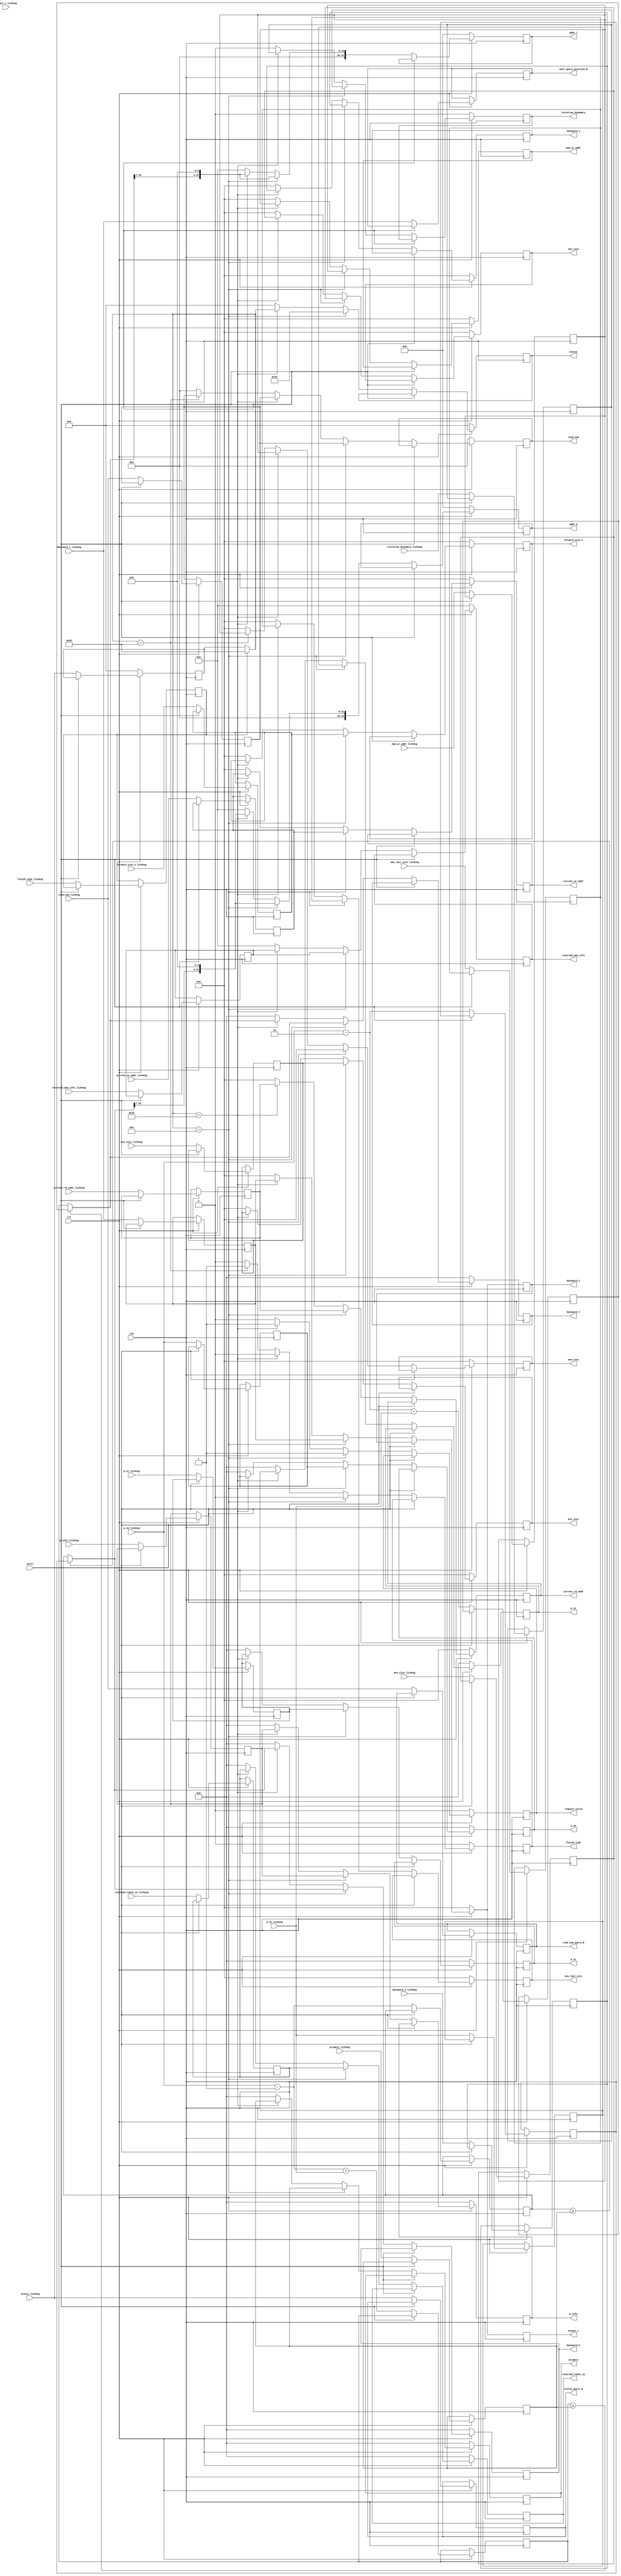
`define CL 512
`define MAX_READ 1024
`define READ_NUM_WIDTH 10

module CAL_KL(
input wire clk,
input wire rst,
input wire stall,

//data used in this stage
input wire [63:0] p_x0_licheng,p_x1_licheng,p_x2_licheng,p_info_licheng,

input wire [`READ_NUM_WIDTH - 1:0] read_num_licheng,
input wire [5:0] status_licheng,
input wire [63:0] primary_licheng,
input wire [6:0] current_rd_addr_licheng,
input wire [6:0] forward_size_n_licheng,
input wire [6:0] new_size_licheng,
input wire [6:0] new_last_size_licheng,
input wire [6:0] current_wr_addr_licheng,mem_wr_addr_licheng,
input wire [6:0] backward_i_licheng, backward_j_licheng,
input wire [7:0] output_c_licheng, //[licheng]useless
input wire [6:0] min_intv_licheng,
input wire finish_sign_licheng,iteration_boundary_licheng,
input wire [63:0]	reserved_token_x2_licheng,
input wire [31:0]	reserved_mem_info_licheng,

output reg [`READ_NUM_WIDTH - 1:0] read_num,
output reg [6:0] current_rd_addr,

//[licheng] query request one cycle ahead
output reg [5:0] status_query_B,
output reg [`READ_NUM_WIDTH - 1:0] read_num_query_B,
output reg [6:0] next_query_position_B,
	
//data handled to next stage (store to read queue)	
output reg [6:0] forward_size_n,
output reg [6:0] new_size,
output reg [63:0] primary,
output reg [6:0] new_last_size,
output reg [6:0] current_wr_addr,mem_wr_addr,
output reg [6:0] backward_i, backward_j,
output reg [6:0] output_c, //[licheng]
output reg [6:0] min_intv,
output reg finish_sign,
output reg [6:0] mem_size,
output reg iteration_boundary,
output reg [63:0] backward_k,backward_l,
output reg request_valid,
output reg [41:0] addr_k,addr_l,
output reg [63:0] p_x0,p_x1,p_x2,p_info,
output reg [63:0]	reserved_token_x2,
output reg [31:0]	reserved_mem_info,
output reg [5:0] status

);
	parameter Len = 101;
	
	parameter F_init = 	6'b00_0001; // F_init will disable the forward pipeline
	parameter F_run =  	6'b00_0010;
	parameter F_break = 6'b00_0100;
	parameter BCK_INI = 6'b00_1000;	//100
	parameter BCK_RUN = 6'b01_0000;	//101
	parameter BCK_END = 6'b10_0000;	//110
	parameter BUBBLE = 	6'b00_0000;

	reg [63:0] p_x0_q,p_x1_q,p_x2_q,p_info_q;

	reg [`READ_NUM_WIDTH - 1:0] read_num_q;
	reg [5:0] status_q;
	reg [63:0] primary_q;
	reg [6:0] current_rd_addr_q;
	reg [6:0] forward_size_n_q;
	reg [6:0] new_size_q;
	reg [6:0] new_last_size_q;
	reg [6:0] current_wr_addr_q,mem_wr_addr_q;
	reg [6:0] backward_i_q, backward_j_q;
	reg [7:0] output_c_q; //[licheng]useless
	reg [6:0] min_intv_q;
	reg finish_sign_q,iteration_boundary_q;
	reg [63:0]	reserved_token_x2_q;
	reg [31:0]	reserved_mem_info_q;
	
	reg [63:0] backward_k_temp,backward_l_temp;
	reg [63:0] backward_k_temp_minus_1,backward_l_temp_minus_1;
	
	always@(posedge clk) begin
		if(!rst) begin
			status_q <= BUBBLE;
		end
		else if(!stall) begin
			p_x0_q 					<= p_x0_licheng;
			p_x1_q 					<= p_x1_licheng;
			p_x2_q 					<= p_x2_licheng;
			p_info_q 				<= p_info_licheng;
			read_num_q 				<= read_num_licheng;
			status_q 				<= status_licheng;
			primary_q 				<= primary_licheng;
			current_rd_addr_q 		<= current_rd_addr_licheng;
			forward_size_n_q 		<= forward_size_n_licheng;
			new_size_q 				<= new_size_licheng;
			new_last_size_q 		<= new_last_size_licheng;
			current_wr_addr_q 		<= current_wr_addr_licheng;
			mem_wr_addr_q 			<= mem_wr_addr_licheng;
			backward_i_q 			<= backward_i_licheng;
			backward_j_q 			<= backward_j_licheng;
			output_c_q 				<= output_c_licheng;
			min_intv_q 				<= min_intv_licheng;
			finish_sign_q 			<= finish_sign_licheng;
			iteration_boundary_q	<= iteration_boundary_licheng;
			reserved_token_x2_q 	<= reserved_token_x2_licheng;
			reserved_mem_info_q 	<= reserved_mem_info_licheng;
			
			status_query_B			<= status_licheng;
			read_num_query_B		<= read_num_licheng;
			next_query_position_B   <= backward_i_licheng;
			
			backward_k_temp <= p_x0_licheng - 1;
			backward_l_temp <= p_x0_licheng - 1 + p_x2_licheng;
			backward_k_temp_minus_1 <= p_x0_licheng - 2;
			backward_l_temp_minus_1 <= p_x0_licheng - 2 + p_x2_licheng;
			
			// if(status_licheng != BUBBLE) begin
				// $display("get p");
				// $display("p.x[0] = %08x\t", p_x0_licheng);
				// $display("p.x[1] = %08x\t", p_x1_licheng);
				// $display("p.x[2] = %08x\t", p_x2_licheng);
				// $display("p.info = %08x\t", p_info_licheng);
			// end
		end
	end





	//signals handled to READ parse unit
	wire [5:0] status_d;
	wire [63:0] backward_k_d,backward_l_d; //could be 40 bits
	
	wire [6:0] mem_size_d;
	assign 	backward_k_d	= (backward_k_temp >= primary_q) ? backward_k_temp_minus_1 : backward_k_temp;
	assign	backward_l_d	= (backward_l_temp >= primary_q) ? backward_l_temp_minus_1 : backward_l_temp;
	assign status_d = finish_sign_q? BCK_END : status_q;
	assign mem_size_d = mem_wr_addr_q; 
	always @(posedge clk) begin
		if(!rst)begin
			backward_k	<= 0;
			backward_l	<= 0;
			addr_k		<= 0;
			addr_l		<= 0;

			p_x0				<= 0;
			p_x1				<= 0;
			p_x2				<= 0;
			p_info				<= 0;
			finish_sign			<= 0;
			iteration_boundary	<= 0;
			backward_i			<= 0;
			backward_j			<= 0;
			output_c			<= 0;
			current_wr_addr		<= 0;
			current_rd_addr		<= 0;
			mem_size			<= 0;
			min_intv			<= 0;
			new_size			<= 0;
			read_num			<= 0;

			mem_wr_addr			<= 0;
			forward_size_n		<= 0;
			new_last_size		<= 0;
			primary				<= 0;
			reserved_token_x2	<= 0;
			reserved_mem_info	<= 0;
			request_valid		<= 0;
			status				<= BUBBLE;
		end	
		else if (stall == 1) begin
			primary		<= primary;
			reserved_token_x2	<= reserved_token_x2;
			reserved_mem_info	<= reserved_mem_info;
			backward_k  <= backward_k;
			backward_l  <= backward_l;

			//the real valid signal connected to interface should be 
			//(request_valid & stall == 0)
			// request_valid <= 0; 
			request_valid <= request_valid;
			addr_k		<= addr_k;
			addr_l		<= addr_l;

			p_x0				<= p_x0;
			p_x1				<= p_x1;
			p_x2				<= p_x2;
			p_info				<= p_info;
			finish_sign			<= finish_sign;
			iteration_boundary	<= iteration_boundary;
			backward_i			<= backward_i;
			backward_j			<= backward_j;
			output_c			<= backward_i; //[licheng]
			current_wr_addr		<= current_wr_addr;
			current_rd_addr		<= current_rd_addr;
		
			min_intv			<= min_intv;
			new_size			<= new_size;
			mem_size			<= mem_size;
			read_num			<= read_num;
			mem_wr_addr			<= mem_wr_addr;
			forward_size_n		<= forward_size_n;
			new_last_size		<= new_last_size;
			status				<= status;
		end
		else if(status_d==BCK_INI) begin
		//received curr value from queue
			p_x0				<= p_x0_q;
			p_x1				<= p_x1_q;
			p_x2				<= p_x2_q;
			p_info				<= p_info_q;
		//generated
			backward_k			<= backward_k_d;
			backward_l			<= backward_l_d;
			request_valid		<= 1'b1;
			addr_k				<= {backward_k_d[34:7], 4'b0};
			addr_l				<= {backward_l_d[34:7], 4'b0};

		// always request current bp, output to read array.
			read_num			<= read_num_q;
			backward_i			<= backward_i_q;
		// 
			backward_j			<= backward_j_q;
		
			primary				<= primary_q;
			finish_sign			<= 0;
			reserved_token_x2	<= reserved_token_x2_q;
			reserved_mem_info	<= reserved_mem_info_q;
			iteration_boundary	<= iteration_boundary_q;

			output_c			<= backward_i_q; //[licheng]
			current_wr_addr		<= current_wr_addr_q;
			current_rd_addr		<= current_rd_addr_q;
		
			min_intv			<= min_intv_q;
			new_size			<= new_size_q;
			mem_size			<= 0;
			mem_wr_addr			<= mem_wr_addr_q;
			forward_size_n		<= forward_size_n_q;
			new_last_size		<= new_last_size_q;
			status				<= BCK_RUN;
		
		end
		else if(status_d==BCK_RUN) begin
			primary		<= primary_q;
			reserved_token_x2	<= reserved_token_x2_q;
			reserved_mem_info	<= reserved_mem_info_q;
			backward_k  <= backward_k_d;
			backward_l  <= backward_l_d;

			request_valid <= 1'b1;
			addr_k		<= {backward_k_d[34:7], 4'b0};
			addr_l		<= {backward_l_d[34:7], 4'b0};

			p_x0				<= p_x0_q;
			p_x1				<= p_x1_q;
			p_x2				<= p_x2_q;
			p_info				<= p_info_q;
			finish_sign			<= 0;
			iteration_boundary	<= iteration_boundary_q;
			backward_i			<= backward_i_q;
			backward_j			<= backward_j_q;
			output_c			<= backward_i_q; //[licheng]
			current_wr_addr		<= current_wr_addr_q;
			current_rd_addr		<= current_rd_addr_q;
		
			min_intv			<= min_intv_q;
			new_size			<= new_size_q;
			mem_size			<= mem_wr_addr_q;
			read_num			<= read_num_q;
			mem_wr_addr			<= mem_wr_addr_q;
			forward_size_n		<= forward_size_n_q;
			new_last_size		<= new_last_size_q;
			status				<= status_d;
				
		end
		else if(status_d==BCK_END) begin
			//outputing to finish
			finish_sign			<= 1;
			mem_size			<= mem_wr_addr_q;
			read_num			<= read_num_q;
			
			backward_k	<= 0;
			backward_l	<= 0;
			addr_k		<= 0;
			addr_l		<= 0;

			p_x0				<= 0;
			p_x1				<= 0;
			p_x2				<= 0;
			p_info				<= 0;

			iteration_boundary	<= 0;
			backward_i			<= 0;
			backward_j			<= 0;
			output_c			<= 0;
			current_wr_addr		<= 0;
			current_rd_addr		<= 0;
		
			min_intv			<= 0;
			new_size			<= 0;
			
			mem_wr_addr			<= 0;
			forward_size_n		<= 0;
			new_last_size		<= 0;
			primary				<= 0;
			reserved_token_x2	<= 0;
			reserved_mem_info	<= 0;
			request_valid		<= 0;
			status				<= BUBBLE; //directly outputing BUBBLE to queue
		end
		else begin //BUBBLE
			backward_k	<= 0;
			backward_l	<= 0;
			addr_k		<= 0;
			addr_l		<= 0;

			p_x0				<= 0;
			p_x1				<= 0;
			p_x2				<= 0;
			p_info				<= 0;
			finish_sign			<= 0;
			mem_size			<= 0;
			iteration_boundary	<= 0;
			backward_i			<= 0;
			backward_j			<= 0;
			output_c			<= 0;
			current_wr_addr		<= 0;
			current_rd_addr		<= 0;
		
			min_intv			<= 0;
			new_size			<= 0;
			read_num			<= 0;
			mem_wr_addr			<= 0;
			forward_size_n		<= 0;
			new_last_size		<= 0;
			primary				<= 0;
			reserved_token_x2	<= 0;
			reserved_mem_info	<= 0;
			request_valid		<= 0;
			status				<= BUBBLE;
		end
	end

endmodule